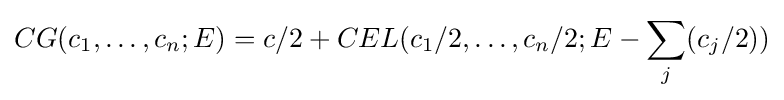
CG(c_{1},\ldots ,c_{n};E)=c/2+CEL(c_{1}/2,\ldots ,c_{n}/2;E-\sum _{j}(c_{j}/2))